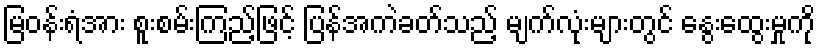
မြဝန်းရံအား စူးစမ်းကြည့်ဖြင့် ပြန်အကဲခတ်သည့် မျက်လုံးများတွင် နွေးထွေးမှုကို